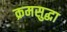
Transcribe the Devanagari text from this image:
क्रमसुद्धा